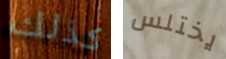
كذلك يختلس